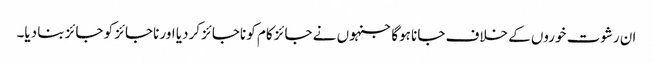
ان رشوت خوروں کے خلاف جانا ہوگا جنہوں نے جائز کام کو ناجائز کردیا اور ناجائز کو جائز بنا دیا۔